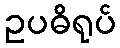
ဥပဓိရုပ်